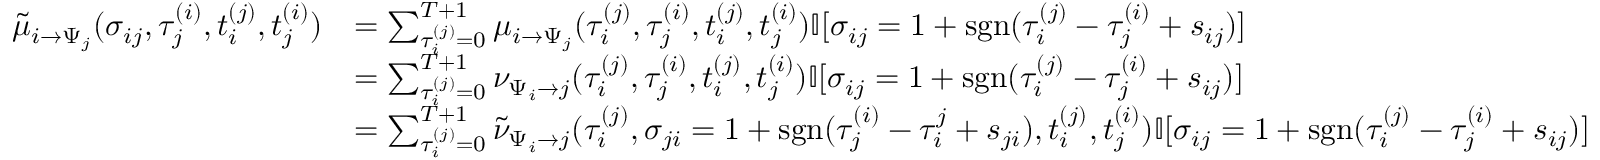
\begin{array} { r } { \begin{array} { r l } { \tilde { \mu } _ { i \to \Psi _ { j } } ( \sigma _ { i j } , \tau _ { j } ^ { ( i ) } , t _ { i } ^ { ( j ) } , t _ { j } ^ { ( i ) } ) } & { = \sum _ { \tau _ { i } ^ { ( j ) } = 0 } ^ { { T + 1 } } \mu _ { i \to \Psi _ { j } } ( \tau _ { i } ^ { ( j ) } , \tau _ { j } ^ { ( i ) } , t _ { i } ^ { ( j ) } , t _ { j } ^ { ( i ) } ) \mathbb { I } [ \sigma _ { i j } = 1 + \mathrm { s g n } ( \tau _ { i } ^ { ( j ) } - \tau _ { j } ^ { ( i ) } + s _ { i j } ) ] } \\ & { = \sum _ { \tau _ { i } ^ { ( j ) } = 0 } ^ { { T + 1 } } \nu _ { \Psi _ { i } \to j } ( \tau _ { i } ^ { ( j ) } , \tau _ { j } ^ { ( i ) } , t _ { i } ^ { ( j ) } , t _ { j } ^ { ( i ) } ) \mathbb { I } [ \sigma _ { i j } = 1 + \mathrm { s g n } ( \tau _ { i } ^ { ( j ) } - \tau _ { j } ^ { ( i ) } + s _ { i j } ) ] } \\ & { = \sum _ { \tau _ { i } ^ { ( j ) } = 0 } ^ { { T + 1 } } \tilde { \nu } _ { \Psi _ { i } \to j } ( \tau _ { i } ^ { ( j ) } , \sigma _ { j i } = 1 + \mathrm { s g n } ( \tau _ { j } ^ { ( i ) } - \tau _ { i } ^ { j } + s _ { j i } ) , t _ { i } ^ { ( j ) } , t _ { j } ^ { ( i ) } ) \mathbb { I } [ \sigma _ { i j } = 1 + \mathrm { s g n } ( \tau _ { i } ^ { ( j ) } - \tau _ { j } ^ { ( i ) } + s _ { i j } ) ] } \end{array} } \end{array}